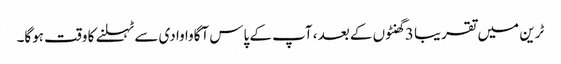
ٹرین میں تقریبا 3 گھنٹوں کے بعد ، آپ کے پاس آگاوا وادی سے ٹہلنے کا وقت ہوگا۔